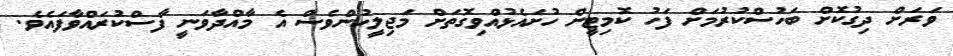
ވަރަށް ދިގުކޮށް ބަހުސްކުރުމަށް ފަހު ކޮމިޓީން ހުށައެޅުއްވިގޮތަށް މަޖިލީހުންވެސް އެ މާއްދާވަނީ ފާސްކުރައްވާފައެވެ.